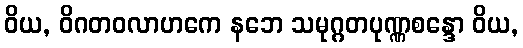
ဝိယ, ဝိဂတဝလာဟကေ နဘေ သမုဂ္ဂတပုဏ္ဏစန္ဒော ဝိယ,